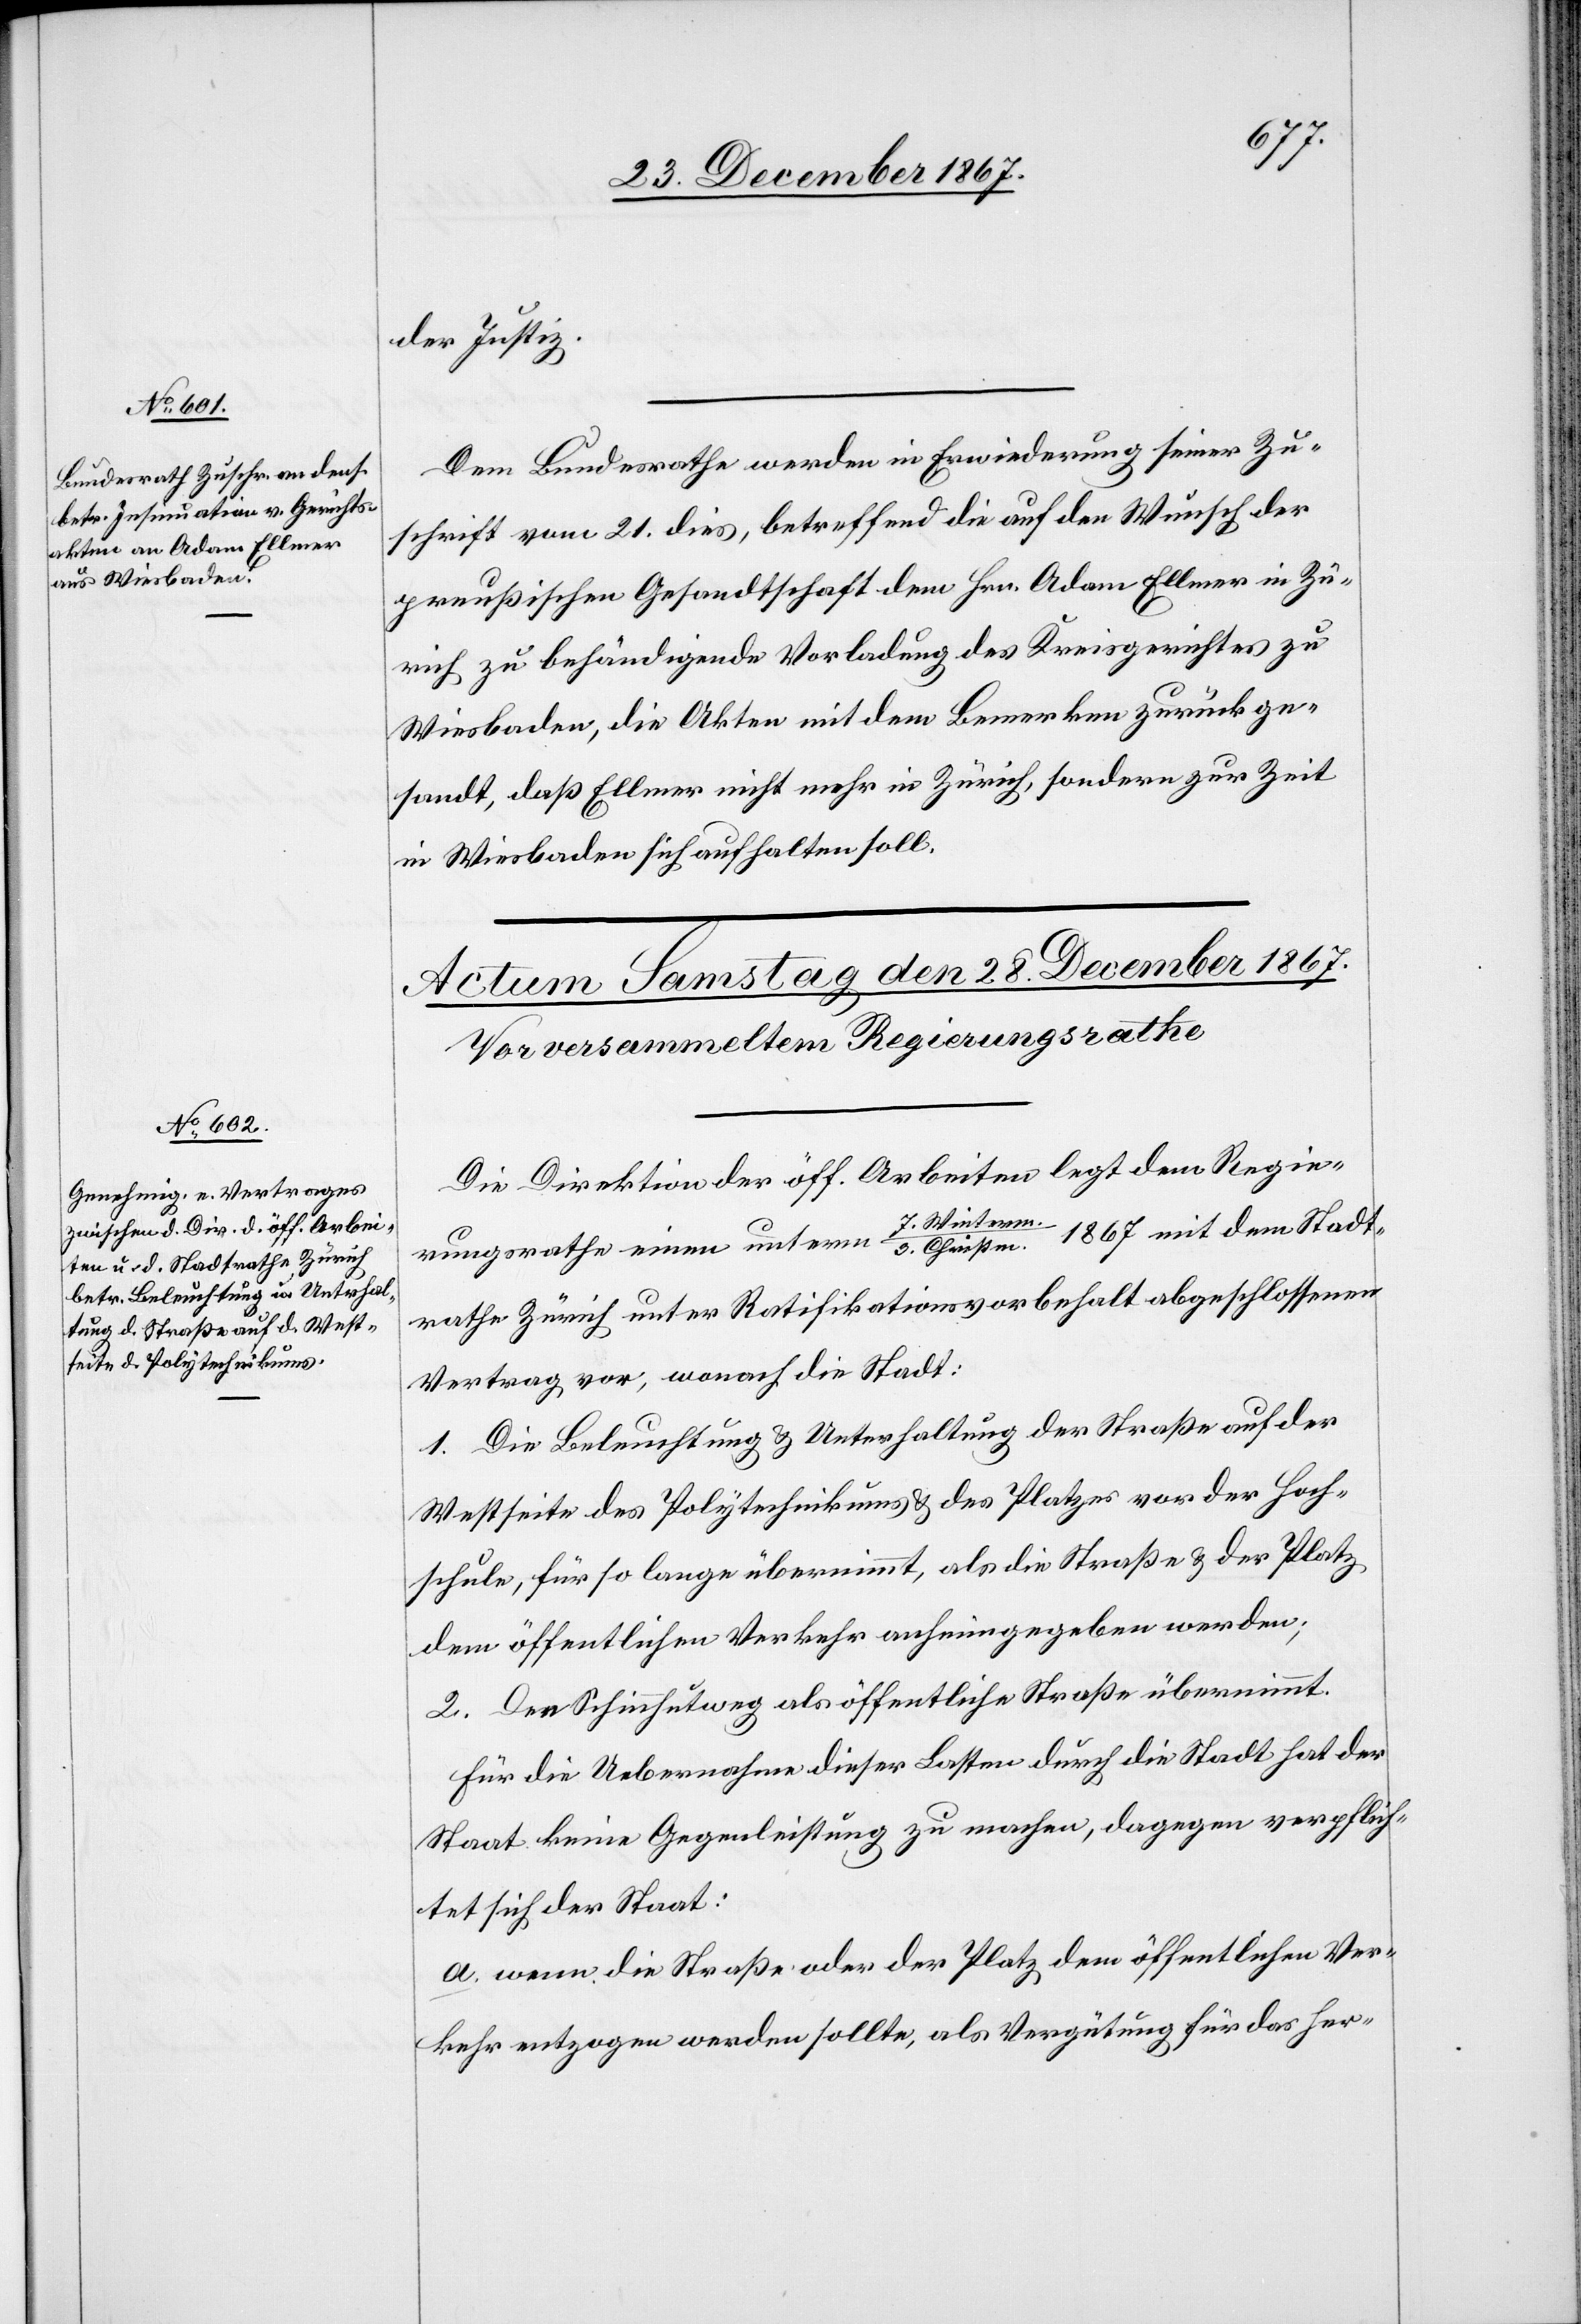
27. December 1867.]
der Justiz.
Dem Bundesrathe werden in Erwiederung seiner Zu¬
schrift vom 21. dies, betreffend die auf den Wunsche der
preußischen Gesandtschaft dem Hrn. Adam Ellmer in Zü¬
rich zu behändigende Vorladung des Kreisgerichtes zu
Wiesbaden, die Akten mit dem Bemerken zurück ge¬
sandt, daß Ellmer nicht mehr in Zürich, sondern zur Zeit
in Wiesbaden sich aufhalten soll.
Die Direktion der öff. Arbeiten legt dem Regie¬
rungsrathe einen unterm 7. Winterm./3. Crhistm. 1867 mit dem Stadt¬
rathe Zürich unter Ratifikationsvorbehalt abgeschlossenen
Vertrag vor, wonach die Stadt:
1. Die Beleuchtung u. Unterhaltung der Straße auf der
Westseite des Polytechnikums u. des Platzes vor der Hoch¬
schule, für so lange übernimmt, als die Straße u. der Platz
dem öffentlichen Verkehr anheimgegeben werden;
2. Den Schinnhutweg als öffentliche Straße übernimmt.
Für die Uebernahme dieser Lasten durch die Stadt hat der
Staat keine Gegenleistung zu machen, dagegen verpflich¬
tet sich der Staat:
a. wenn die Straße oder der Platz dem öffentlichen Ver¬
kehr entzogen werden sollte, als Vergütung für das her-